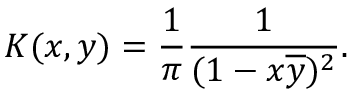
K ( x , y ) = { \frac { 1 } { \pi } } { \frac { 1 } { ( 1 - x { \overline { { y } } } ) ^ { 2 } } } .